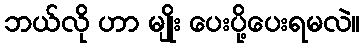
ဘယ်လို ဟာ မျိုး ပေးပို့ပေးရမလဲ။